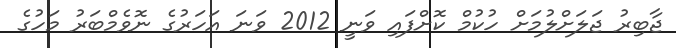
ޖާބިރު ޖަލަށްލުމަށް ހުކުމް ކޮށްފައި ވަނީ 2012 ވަނަ އަހަރުގެ ނޮވެމްބަރު މަހުގެ